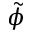
\tilde { \phi }